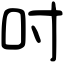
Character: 吋